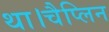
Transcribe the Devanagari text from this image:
था।चैप्लिन